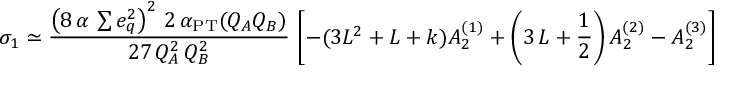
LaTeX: \sigma _ { 1 } \simeq { \frac { \left( 8 \, \alpha \, \sum e _ { q } ^ { 2 } \right) ^ { 2 } \, 2 \, \alpha _ { \mathrm { { P T } } } ( Q _ { A } Q _ { B } ) } { 2 7 \, Q _ { A } ^ { 2 } \, Q _ { B } ^ { 2 } } } \, \left[ - ( 3 L ^ { 2 } + L + k ) A _ { 2 } ^ { ( 1 ) } + \left( 3 \, L + { \frac { 1 } { 2 } } \right) A _ { 2 } ^ { ( 2 ) } - A _ { 2 } ^ { ( 3 ) } \right]